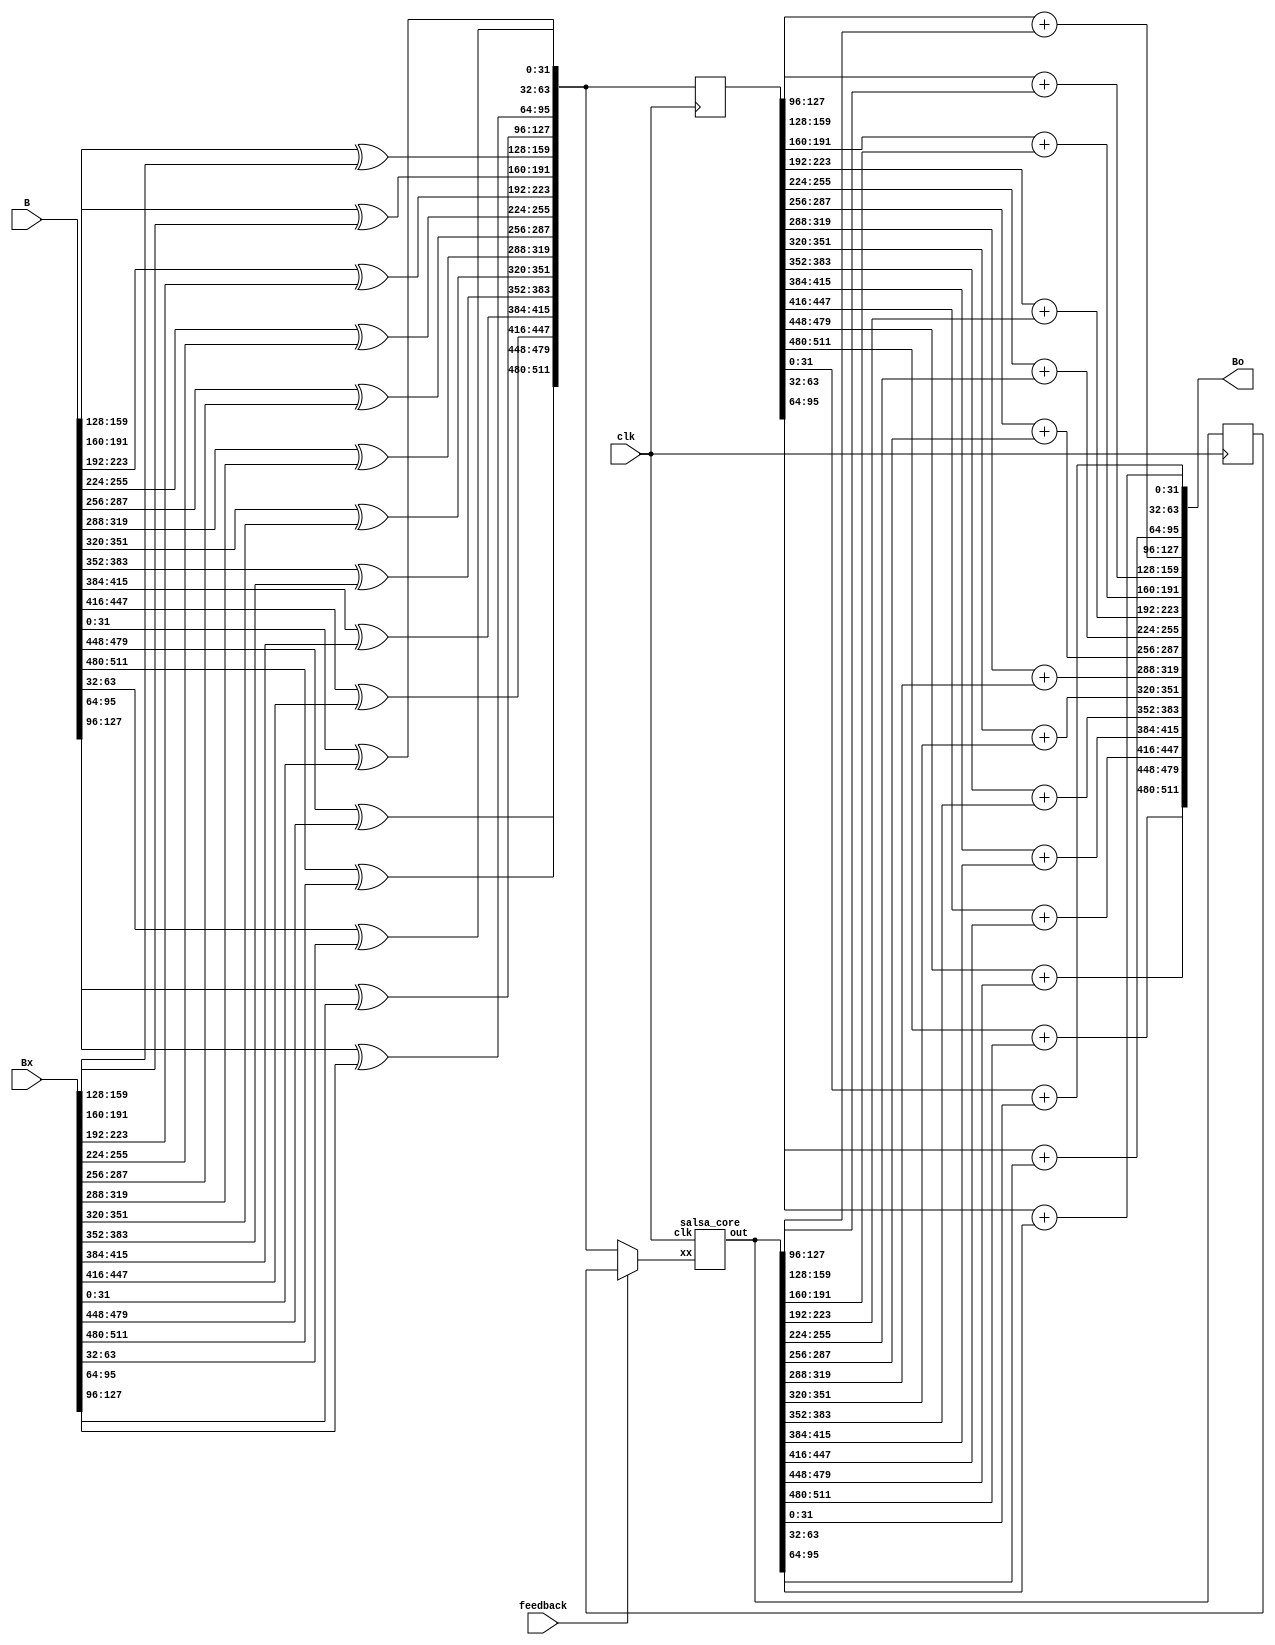
/* salsa-B.v for use with hashvariant-B.v
   Based on salsa3.v ... registered at the column-row interface (and final row output)

Latency 2 clock cycle hence 4 salsa iterations in 8 cycles.
NB Columns feed forward two levels into rows, so this is likely to be NON-OPTIMAL.

HMMM, not sure if I can sensibly implement this, but I'll give it a go [MAYBE errors, possibly
explaining higher clock speed!]

THE FOLLOWING is for the OBSOLETE salsa-B1.v
TODO redo it in ../SALSA for this version
>>>>>>>>>>>>>>>>>>>>>>>>>>>>>>>>>>>>>>>>>>>>>>>>>>>>>>>>>>>>>>>>>>>>>>>>>>>>>>>>>>>>>>>>>>>>>>>>>>>
Clocks 59/25 = 2.4 times faster, so the 4 cycle latency gives a slightly highe throughput overall!!
But wwhat about overclocking? TODO try for real.

AHA ... its because I've registered the salsa_core output, which is NOT what I actually want
as it breaks the FSM timing. Rename this salsa-B1.v and adjust the registers in salsa-B.v

200MHz clock gives (ltcminer.sta.rpt) ... HMM should have used 60MHz, but good result anyway
+------------------------------------------------------------------------------------------+
; Slow 1200mV 85C Model Fmax Summary                                                       ;
+-----------+-----------------+-----------------------------------------------------+------+
; Fmax      ; Restricted Fmax ; Clock Name                                          ; Note ;
+-----------+-----------------+-----------------------------------------------------+------+
; 59.08 MHz ; 59.08 MHz       ; pll_blk|altpll_component|auto_generated|pll1|clk[0] ;      ;
+-----------+-----------------+-----------------------------------------------------+------+
-----------+-----------------------------------------------------+--------------+------------+------------+
; Slack   ; From Node                                  ; To Node                                    ; Launch Clock                                        ; Latch Clock                                         ; Relationship ; Clock Skew ; Data Delay ;
+---------+--------------------------------------------+--------------------------------------------+-----------------------------------------------------+-----------------------------------------------------+--------------+------------+------------+
; -11.925 ; mixfeedback                                ; salsa:salsa_blk|salsa_core:salsa1|c10d[15] ; pll_blk|altpll_component|auto_generated|pll1|clk[0] ; pll_blk|altpll_component|auto_generated|pll1|clk[0] ; 5.000        ; 0.272      ; 17.192     ;



* Copyright (c) 2013 kramble
* Derived from scrypt.c Copyright 2009 Colin Percival, 2011 ArtForz
*
* This program is free software: you can redistribute it and/or modify
* it under the terms of the GNU General Public License as published by
* the Free Software Foundation, either version 3 of the License, or
* (at your option) any later version.
*
* This program is distributed in the hope that it will be useful,
* but WITHOUT ANY WARRANTY; without even the implied warranty of
* MERCHANTABILITY or FITNESS FOR A PARTICULAR PURPOSE.  See the
* GNU General Public License for more details.
*
* You should have received a copy of the GNU General Public License
* along with this program.  If not, see <http://www.gnu.org/licenses/>.
* 
*/

`timescale 1ns/1ps

`define IDX(x) (((x)+1)*(32)-1):((x)*(32))

module salsa (clk, feedback, B, Bx, Bo);

input clk;
input feedback;
input [511:0]B;
input [511:0]Bx;
output [511:0]Bo;

wire [511:0]xx;			// Initial xor

wire [511:0]xr;
reg [511:0]xrd;
//salsa_core salsa1 (clk, feedback ? xr : xx, xr);	// unregistered xr
salsa_core salsa1 (clk, feedback ? xrd : xx, xr);	// registered xrd

reg [511:0]xxd;

always @ (posedge clk)
begin
	xxd <= xx;
	xrd <= xr;
end

genvar i;
generate
	for (i = 0; i < 16; i = i + 1) begin : XX
		// Initial XOR. NB this adds to propagation delay of the first salsa, may want register it.
		assign xx[`IDX(i)] = B[`IDX(i)] ^ Bx[`IDX(i)];

		// assign Bo[`IDX(i)] = xx[`IDX(i)] + xr[`IDX(i)];	// Original
		assign Bo[`IDX(i)] = xxd[`IDX(i)] + xr[`IDX(i)];	// Salsa-B
	end
endgenerate

endmodule

module salsa_core (clk, xx, out);

input clk;
input [511:0]xx;
output [511:0]out;	// NB out remains UNREGISTERED even though I have added c00d etc registers
// output reg [511:0]out;

// Some debugging assignments so we can check the word format
/*
wire [31:0]x00;
wire [31:0]x04;
wire [31:0]x12;
assign x00 = xx[`IDX(0)];
assign x04 = xx[`IDX(4)];
assign x12 = xx[`IDX(12)];
*/

// This is clunky due to my lack of verilog skills but it works so elegance can come later

wire [31:0]c00;			// Column results
wire [31:0]c01;
wire [31:0]c02;
wire [31:0]c03;
wire [31:0]c04;
wire [31:0]c05;
wire [31:0]c06;
wire [31:0]c07;
wire [31:0]c08;
wire [31:0]c09;
wire [31:0]c10;
wire [31:0]c11;
wire [31:0]c12;
wire [31:0]c13;
wire [31:0]c14;
wire [31:0]c15;

wire [31:0]r00;			// Row results
wire [31:0]r01;
wire [31:0]r02;
wire [31:0]r03;
wire [31:0]r04;
wire [31:0]r05;
wire [31:0]r06;
wire [31:0]r07;
wire [31:0]r08;
wire [31:0]r09;
wire [31:0]r10;
wire [31:0]r11;
wire [31:0]r12;
wire [31:0]r13;
wire [31:0]r14;
wire [31:0]r15;

wire [31:0]c00s;			// Column sums
wire [31:0]c01s;
wire [31:0]c02s;
wire [31:0]c03s;
wire [31:0]c04s;
wire [31:0]c05s;
wire [31:0]c06s;
wire [31:0]c07s;
wire [31:0]c08s;
wire [31:0]c09s;
wire [31:0]c10s;
wire [31:0]c11s;
wire [31:0]c12s;
wire [31:0]c13s;
wire [31:0]c14s;
wire [31:0]c15s;

wire [31:0]r00s;			// Row sums
wire [31:0]r01s;
wire [31:0]r02s;
wire [31:0]r03s;
wire [31:0]r04s;
wire [31:0]r05s;
wire [31:0]r06s;
wire [31:0]r07s;
wire [31:0]r08s;
wire [31:0]r09s;
wire [31:0]r10s;
wire [31:0]r11s;
wire [31:0]r12s;
wire [31:0]r13s;
wire [31:0]r14s;
wire [31:0]r15s;

reg [31:0]c00d;			// Column results registered
reg [31:0]c01d;
reg [31:0]c02d;
reg [31:0]c03d;
reg [31:0]c04d;
reg [31:0]c05d;
reg [31:0]c06d;
reg [31:0]c07d;
reg [31:0]c08d;
reg [31:0]c09d;
reg [31:0]c10d;
reg [31:0]c11d;
reg [31:0]c12d;
reg [31:0]c13d;
reg [31:0]c14d;
reg [31:0]c15d;

/* From scrypt.c

#define R(a,b) (((a) << (b)) | ((a) >> (32 - (b))))
	for (i = 0; i < 8; i += 2) {
		// Operate on columns
		x04 ^= R(x00+x12, 7);	x09 ^= R(x05+x01, 7);	x14 ^= R(x10+x06, 7);	x03 ^= R(x15+x11, 7);
		x08 ^= R(x04+x00, 9);	x13 ^= R(x09+x05, 9);	x02 ^= R(x14+x10, 9);	x07 ^= R(x03+x15, 9);
		x12 ^= R(x08+x04,13);	x01 ^= R(x13+x09,13);	x06 ^= R(x02+x14,13);	x11 ^= R(x07+x03,13);
		x00 ^= R(x12+x08,18);	x05 ^= R(x01+x13,18);	x10 ^= R(x06+x02,18);	x15 ^= R(x11+x07,18);

		// Operate on rows
		x01 ^= R(x00+x03, 7);	x06 ^= R(x05+x04, 7);	x11 ^= R(x10+x09, 7);	x12 ^= R(x15+x14, 7);
		x02 ^= R(x01+x00, 9);	x07 ^= R(x06+x05, 9);	x08 ^= R(x11+x10, 9);	x13 ^= R(x12+x15, 9);
		x03 ^= R(x02+x01,13);	x04 ^= R(x07+x06,13);	x09 ^= R(x08+x11,13);	x14 ^= R(x13+x12,13);
		x00 ^= R(x03+x02,18);	x05 ^= R(x04+x07,18);	x10 ^= R(x09+x08,18);	x15 ^= R(x14+x13,18);
	}
*/

// cols

assign c04s = xx[`IDX(0)] + xx[`IDX(12)];
assign c04 = xx[`IDX(4)] ^ { c04s[24:0], c04s[31:25] };
assign c09s = xx[`IDX(5)] + xx[`IDX(1)];
assign c09 = xx[`IDX(9)] ^ { c09s[24:0], c09s[31:25] };
assign c14s = xx[`IDX(10)] + xx[`IDX(6)];
assign c14 = xx[`IDX(14)] ^ { c14s[24:0], c14s[31:25] };
assign c03s = xx[`IDX(15)] + xx[`IDX(11)];
assign c03 = xx[`IDX(03)] ^ { c03s[24:0], c03s[31:25] };

assign c08s = c04 + xx[`IDX(0)];
assign c08 = xx[`IDX(8)] ^ { c08s[22:0], c08s[31:23] };
assign c13s = c09 + xx[`IDX(5)];
assign c13 = xx[`IDX(13)] ^ { c13s[22:0], c13s[31:23] };
assign c02s = c14 + xx[`IDX(10)];
assign c02 = xx[`IDX(2)] ^ { c02s[22:0], c02s[31:23] };
assign c07s = c03 + xx[`IDX(15)];
assign c07 = xx[`IDX(7)] ^ { c07s[22:0], c07s[31:23] };

assign c12s = c08 + c04;
assign c12 = xx[`IDX(12)] ^ { c12s[18:0], c12s[31:19] };
assign c01s = c13 + c09;
assign c01 = xx[`IDX(1)] ^ { c01s[18:0], c01s[31:19] };
assign c06s = c02 + c14;
assign c06 = xx[`IDX(6)] ^ { c06s[18:0], c06s[31:19] };
assign c11s = c07 + c03;
assign c11 = xx[`IDX(11)] ^ { c11s[18:0], c11s[31:19] };

assign c00s = c12 + c08;
assign c00 = xx[`IDX(0)] ^ { c00s[13:0], c00s[31:14] };
assign c05s = c01 + c13;
assign c05 = xx[`IDX(5)] ^ { c05s[13:0], c05s[31:14] };
assign c10s = c06 + c02;
assign c10 = xx[`IDX(10)] ^ { c10s[13:0], c10s[31:14] };
assign c15s = c11 + c07;
assign c15 = xx[`IDX(15)] ^ { c15s[13:0], c15s[31:14] };

// rows

assign r01s = c00d + c03d;
assign r01 = c01d ^ { r01s[24:0], r01s[31:25] };
assign r06s = c05d + c04d;
assign r06 = c06d ^ { r06s[24:0], r06s[31:25] };
assign r11s = c10d + c09d;
assign r11 = c11d ^ { r11s[24:0], r11s[31:25] };
assign r12s = c15d + c14d;
assign r12 = c12d ^ { r12s[24:0], r12s[31:25] };

assign r02s = r01 + c00d;
assign r02 = c02d ^ { r02s[22:0], r02s[31:23] };
assign r07s = r06 + c05d;
assign r07 = c07d ^ { r07s[22:0], r07s[31:23] };
assign r08s = r11 + c10d;
assign r08 = c08d ^ { r08s[22:0], r08s[31:23] };
assign r13s = r12 + c15d;
assign r13 = c13d ^ { r13s[22:0], r13s[31:23] };

assign r03s = r02 + r01;
assign r03 = c03d ^ { r03s[18:0], r03s[31:19] };
assign r04s = r07 + r06;
assign r04 = c04d ^ { r04s[18:0], r04s[31:19] };
assign r09s = r08 + r11;
assign r09 = c09d ^ { r09s[18:0], r09s[31:19] };
assign r14s = r13 + r12;
assign r14 = c14d ^ { r14s[18:0], r14s[31:19] };

assign r00s = r03 + r02;
assign r00 = c00d ^ { r00s[13:0], r00s[31:14] };
assign r05s = r04 + r07;
assign r05 = c05d ^ { r05s[13:0], r05s[31:14] };
assign r10s = r09 + r08;
assign r10 = c10d ^ { r10s[13:0], r10s[31:14] };
assign r15s = r14 + r13;
assign r15 = c15d ^ { r15s[13:0], r15s[31:14] };

wire [511:0]xo;			// Rename row results
assign xo = { r15, r14, r13, r12, r11, r10, r09, r08, r07, r06, r05, r04, r03, r02, r01, r00 };

always @ (posedge clk)
begin
	c00d <= c00;
	c01d <= c01;
	c02d <= c02;
	c03d <= c03;
	c04d <= c04;
	c05d <= c05;
	c06d <= c06;
	c07d <= c07;
	c08d <= c08;
	c09d <= c09;
	c10d <= c10;
	c11d <= c11;
	c12d <= c12;
	c13d <= c13;
	c14d <= c14;
	c15d <= c15;
	// out <= xo;	// registered version
end

assign out = xo;	// unregistered version
endmodule